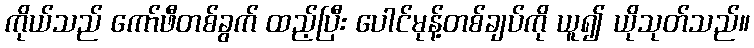
ကိုယ်သည် ကော်ဖီတစ်ခွက် ထည့်ပြီး ပေါင်မုန့်တစ်ချပ်ကို ယူ၍ ယိုသုတ်သည်။